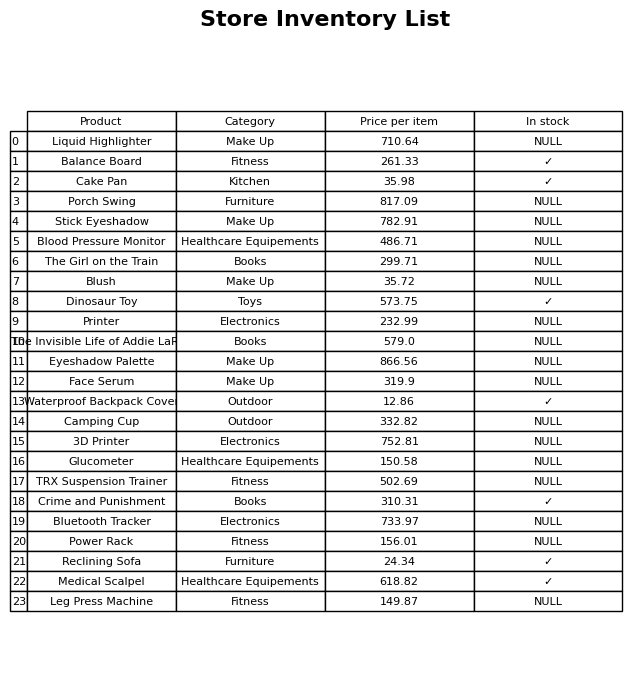
question: Which products are currently out of stock?
answer: Liquid Highlighter, Porch Swing, Stick Eyeshadow, Blood Pressure Monitor, The Girl on the Train, Blush, Printer, The Invisible Life of Addie LaRue, Eyeshadow Palette, Face Serum, Camping Cup, 3D Printer, Glucometer, TRX Suspension Trainer, Bluetooth Tracker, Power Rack, Leg Press Machine